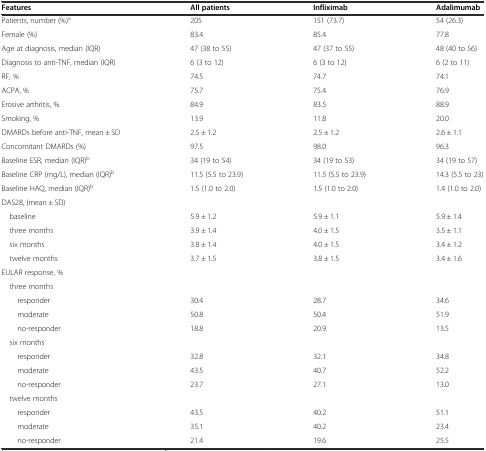
<table><thead><tr><td><b>Features</b></td><td><b>All patients</b></td><td><b>Infliximab</b></td><td><b>Adalimumab</b></td></tr></thead><tbody><tr><td>Patients, number (%)<sup>a</sup></td><td>205</td><td>151 (73.7)</td><td>54 (26.3)</td></tr><tr><td>Female (%)</td><td>83.4</td><td>85.4</td><td>77.8</td></tr><tr><td>Age at diagnosis, median (IQR)</td><td>47 (38 to 55)</td><td>47 (37 to 55)</td><td>48 (40 to 56)</td></tr><tr><td>Diagnosis to anti-TNF, median (IQR)</td><td>6 (3 to 12)</td><td>6 (3 to 12)</td><td>6 (2 to 11)</td></tr><tr><td>RF, %</td><td>74.5</td><td>74.7</td><td>74.1</td></tr><tr><td>ACPA, %</td><td>75.7</td><td>75.4</td><td>76.9</td></tr><tr><td>Erosive arthritis, %</td><td>84.9</td><td>83.5</td><td>88.9</td></tr><tr><td>Smoking, %</td><td>13.9</td><td>11.8</td><td>20.0</td></tr><tr><td>DMARDs before anti-TNF, mean ± SD</td><td>2.5 ± 1.2</td><td>2.5 ± 1.2</td><td>2.6 ± 1.1</td></tr><tr><td>Concomitant DMARDs (%)</td><td>97.5</td><td>98.0</td><td>96.3</td></tr><tr><td>Baseline ESR, median (IQR)<sup>b</sup></td><td>34 (19 to 54)</td><td>34 (19 to 53)</td><td>34 (19 to 57)</td></tr><tr><td>Baseline CRP (mg/L), median (IQR)<sup>b</sup></td><td>11.5 (5.5 to 23.9)</td><td>11.5 (5.5 to 23.9)</td><td>14.3 (5.5 to 23)</td></tr><tr><td>Baseline HAQ, median (IQR)<sup>b</sup></td><td>1.5 (1.0 to 2.0)</td><td>1.5 (1.0 to 2.0)</td><td>1.4 (1.0 to 2.0)</td></tr><tr><td>DAS28, (mean ± SD)</td><td></td><td></td><td></td></tr><tr><td> baseline</td><td>5.9 ± 1.2</td><td>5.9 ± 1.1</td><td>5.9 ± 1.4</td></tr><tr><td> three months</td><td>3.9 ± 1.4</td><td>4.0 ± 1.5</td><td>3.5 ± 1.1</td></tr><tr><td> six months</td><td>3.8 ± 1.4</td><td>4.0 ± 1.5</td><td>3.4 ± 1.2</td></tr><tr><td> twelve months</td><td>3.7 ± 1.5</td><td>3.8 ± 1.5</td><td>3.4 ± 1.6</td></tr><tr><td>EULAR response, %</td><td></td><td></td><td></td></tr><tr><td> three months</td><td></td><td></td><td></td></tr><tr><td>responder</td><td>30.4</td><td>28.7</td><td>34.6</td></tr><tr><td>moderate</td><td>50.8</td><td>50.4</td><td>51.9</td></tr><tr><td>no-responder</td><td>18.8</td><td>20.9</td><td>13.5</td></tr><tr><td> six months</td><td></td><td></td><td></td></tr><tr><td>responder</td><td>32.8</td><td>32.1</td><td>34.8</td></tr><tr><td>moderate</td><td>43.5</td><td>40.7</td><td>52.2</td></tr><tr><td>no-responder</td><td>23.7</td><td>27.1</td><td>13.0</td></tr><tr><td> twelve months</td><td></td><td></td><td></td></tr><tr><td>responder</td><td>43.5</td><td>40.2</td><td>51.1</td></tr><tr><td>moderate</td><td>35.1</td><td>40.2</td><td>23.4</td></tr><tr><td>no-responder</td><td>21.4</td><td>19.6</td><td>25.5</td></tr></tbody></table>